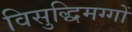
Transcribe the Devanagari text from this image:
विसुद्धिमग्गों